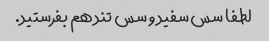
لطفا سس سفید و سس تند هم بفرستید.